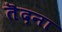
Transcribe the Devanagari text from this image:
तॆदना